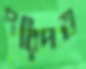
পরিপত্র